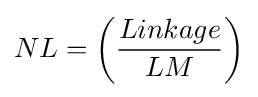
NL=\left({\frac {Linkage}{LM}}\right)